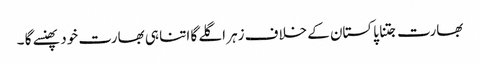
بھارت جتنا پاکستان کے خلاف زہر اگلے گا اتنا ہی بھارت خود پھنسے گا ۔